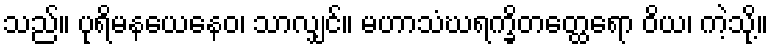
သည်။ ပုရိမနယေနေဝ၊ သာလျှင်။ မဟာသံဃရက္ခိတတ္ထေရော ဝိယ၊ ကဲ့သို့။